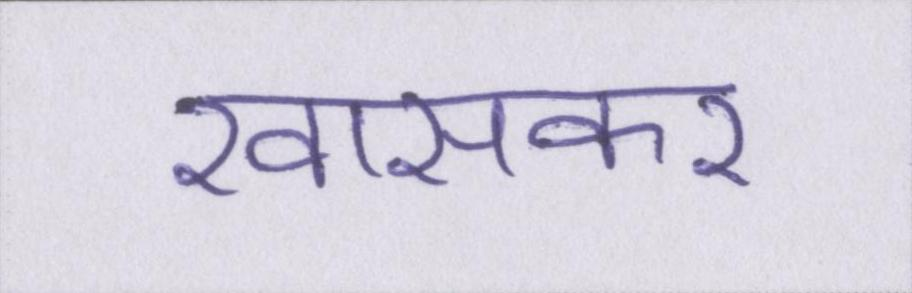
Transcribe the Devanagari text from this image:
खासकर